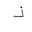
Letter: _thal